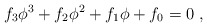
\begin{align*}f_3 \phi^3 + f_2 \phi^2 +f_1 \phi + f_0 = 0\ , \end{align*}